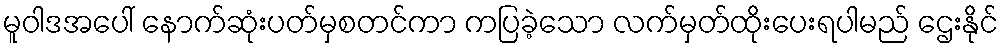
မူဝါဒအပေါ် နောက်ဆုံးပတ်မှစတင်ကာ ကပြခဲ့သော လက်မှတ်ထိုးပေးရပါမည် ဌေးနိုင်